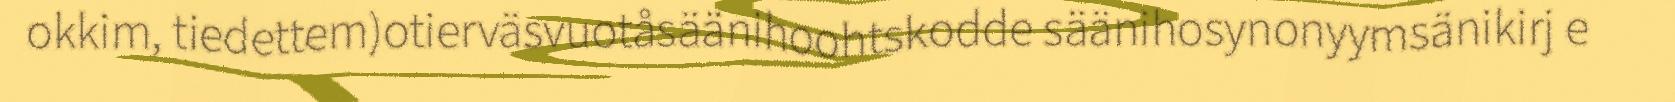
okkim, tiedettem)otierväsvuotåsäänihoohtskodde säänihosynonyymsänikirj e